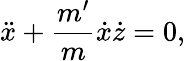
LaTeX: \ddot{x}+\frac{m^{\prime}}{m}\dot{x}\dot{z}=0,